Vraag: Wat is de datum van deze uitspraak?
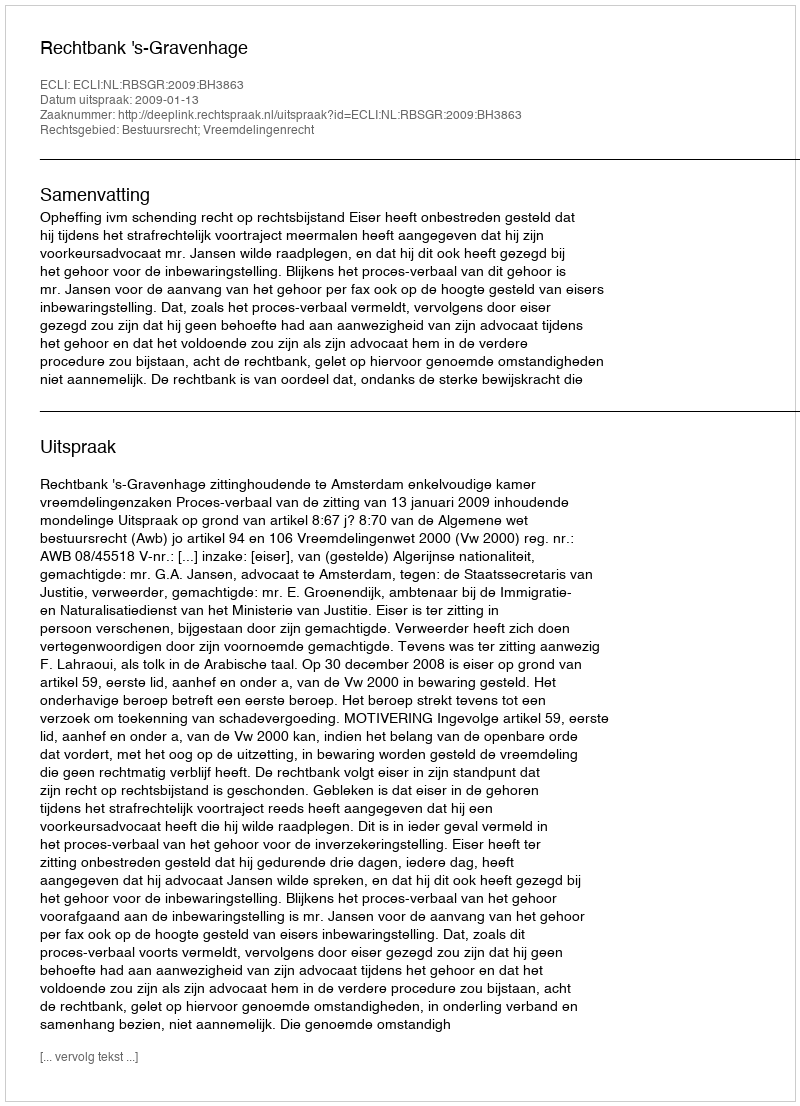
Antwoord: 2009-01-13